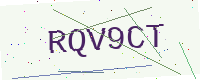
Text: RQV9CT